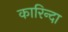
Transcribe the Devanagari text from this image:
कारिन्दा